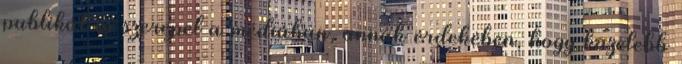
publikál és szerepel a médiában, annak érdekében, hogy közelebb